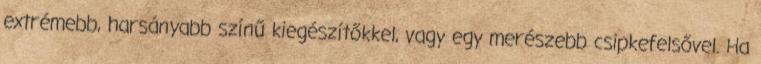
extrémebb, harsányabb színű kiegészítőkkel, vagy egy merészebb csipkefelsővel. Ha